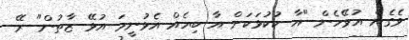
ވެގެން އުޅޭހެން "އާ ކުކުޅަކަށް އާ ބިހެއް އެޅުނީމަ އުޅޭ ޒާތުން" ރޭ